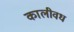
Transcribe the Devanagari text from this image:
कालीवध